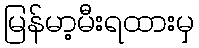
မြန်မာ့မီးရထားမှ